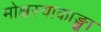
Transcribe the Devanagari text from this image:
मोक्षस्याकाङ्क्षा